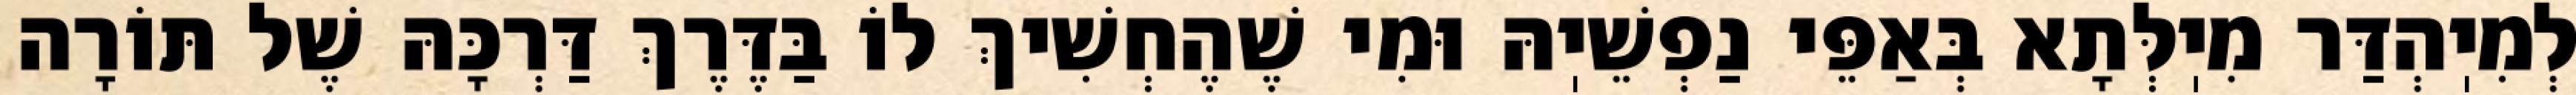
לְמִיֽהְדַּר מִיֽלְּתָא בְּאַפֵּי נַפְשֵׁיֽהּ וּמִי שֶׁהֶחְשִׁיךְ לוֹ בַּדֶּרֶךְ דַּרְכָּהּ שֶׁל תּוֹרָה